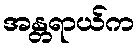
အန္တရာယ်က